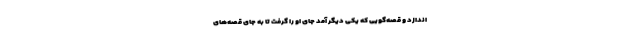
اندازد و قصه‌گویی که یکی دیگر آمد جای او را گرفت تا به جای قصه‌های